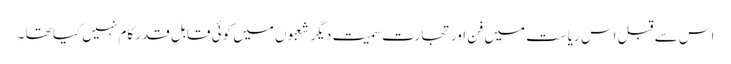
اس سے قبل اس ریاست میں فن اور تجارت سمیت دیگر شعبوں میں کوئی قابلِ قدر کام نہیں کیا تھا ۔